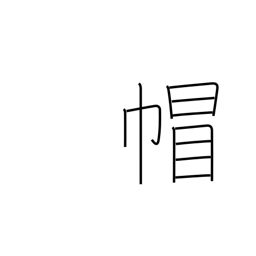
Meaning: headgear